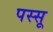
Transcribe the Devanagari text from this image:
पस्सू